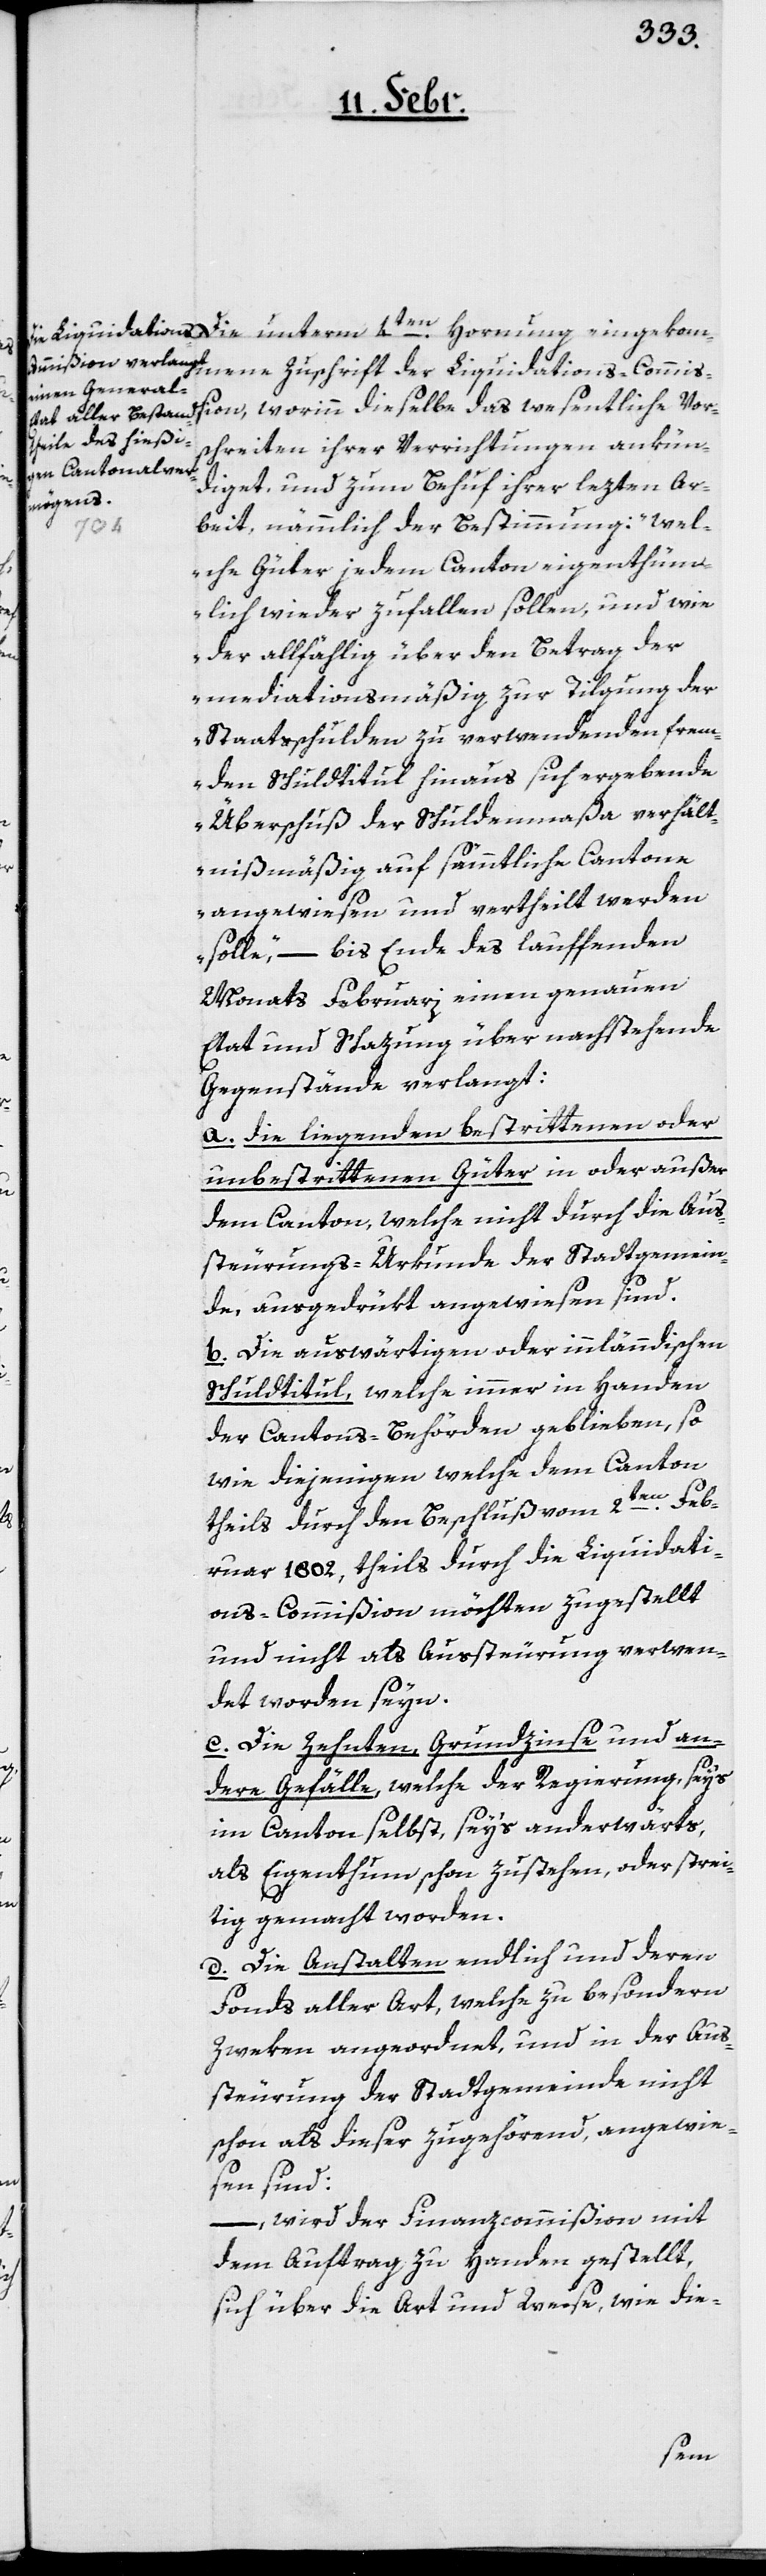
eingekommene Zuschrift der Liquidations-Commiß¬
ion, worinn dieselbe das wesentliche Vor¬
schreiten ihrer Verrichtungen ankün¬
diget, und zum Behuf ihrer lezten Ar¬
beit, nämmlich der Bestimmung: „Wel¬
che Güter jedem Canton eigenthüm¬
lich wieder zufallen sollen, und wie
der allfählig über den Betrag der
mediationsmäßig zur Tilgung der
Staatsschulden zu verwendenden frem¬
den Schuldtitul hinaus sich ergebende
Überschuß der Schuldenmaßa verhält¬
nismäßig auf sämmtliche Cantone
angewiesen und vertheilt werden
solle“ – bis Ende des lauffenden
Monats Februari einen genauen
Etat und Schazung über nachstehende
Gegenstände verlangt:
a. die liegenden bestrittenen oder
unbestrittenen Güter in oder außer
dem Canton, welche nicht durch die Aus¬
steurungs-Urkunde der Stadtgemein¬
de, ausgedrükt angewiesen sind.
b. Die auswärtigen oder innländischen
Schuldtitul, welche immer in Handen
der Cantons-Behörden geblieben, so
wie diejenigen, welche dem Canton
theils durch den Beschluß vom 2ten. Feb¬
ruar 1802, theils durch die Liquidati¬
ons-Commißion möchte zugestellt
und nicht als Aussteurung verwen¬
det worden seyn.
c. Die Zehnten, Grundzinse und an¬
dere Gefälle, welche der Regierung, sey’s
im Canton selbst, sey’s anderwärts,
als Eigenthum schon zustehen, oder strei¬
tig gemacht worden.
d. Die Anstalten endlich und deren
Fonds aller Art, welche zu besondern
Zweken angeordnet, und in der Aus¬
steurung der Stadtgemeinde nicht
schon als dieser zugehörend, angwie¬
sen sind:
–, wird der Finanzcommißion mit
dem Auftrag zu Handen gestellt,
sich über die Art und Weise, wie die-